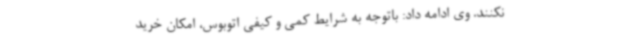
نکنند. وی ادامه داد: باتوجه به شرایط کمی و کیفی اتوبوس، امکان خرید